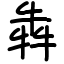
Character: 犇